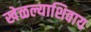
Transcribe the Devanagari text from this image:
खेळल्याशिवाय